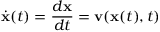
\dot { { \mathbf x } } ( t ) = \frac { d { \mathbf x } } { d t } = { \mathbf v } ( { \mathbf x } ( t ) , t )